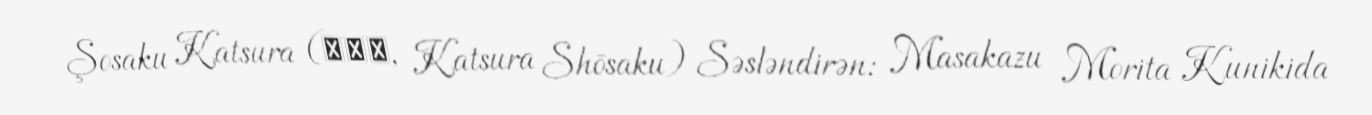
Şosaku Katsura (桂正作, Katsura Shōsaku) Səsləndirən: Masakazu Morita Kunikida